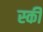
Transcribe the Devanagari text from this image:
स्‍की